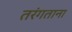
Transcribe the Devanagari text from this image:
तरंगताना